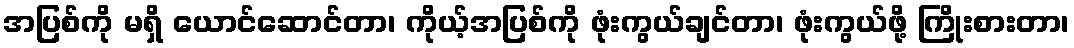
အပြစ်ကို မရှိ ယောင်ဆောင်တာ၊ ကိုယ့်အပြစ်ကို ဖုံးကွယ်ချင်တာ၊ ဖုံးကွယ်ဖို့ ကြိုးစားတာ၊